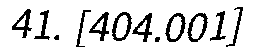
41. [404.001]